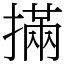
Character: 㨺